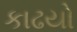
કાઢયો